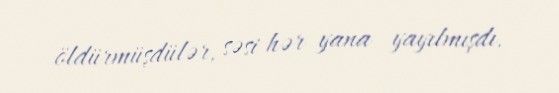
öldürmüşdülər, səsi hər yana yayılmışdı.